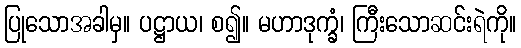
ပြုသောအခါမှ။ ပဋ္ဌာယ၊ စ၍။ မဟာဒုက္ခံ၊ ကြီးသောဆင်းရဲကို။